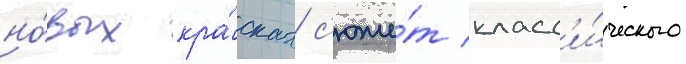
но́вых кра́сках с'юже́т класс'и́ческого